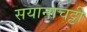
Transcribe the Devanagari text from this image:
सयानाचट्टी